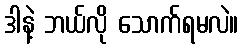
ဒါနဲ့ ဘယ်လို သောက်ရမလဲ။